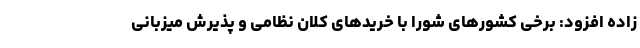
زاده افزود: برخی کشورهای شورا با خریدهای کلان نظامی و پذیرش میزبانی